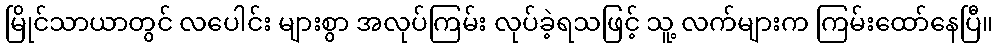
မြိုင်သာယာတွင် လပေါင်း များစွာ အလုပ်ကြမ်း လုပ်ခဲ့ရသဖြင့် သူ့ လက်များက ကြမ်းထော်နေပြီ။